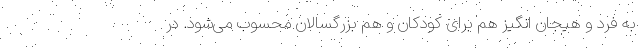
به فرد و هیجان انگیز هم برای کودکان و هم بزرگسالان محسوب می‌شود. در